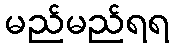
မည်မည်ရရ